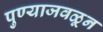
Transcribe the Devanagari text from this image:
पुण्याजवळून